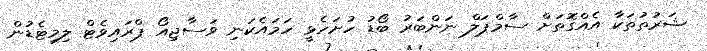
ޝަރުތުތަކާ އެއްގޮތަށް ސާމްޕަލް ނަންބަރު ބޯޑު ހުށަހެޅީ ހަމައެކަނި ވަސާޖިއޯ ޕްރައިވެޓް ލިމިޓެޑުން